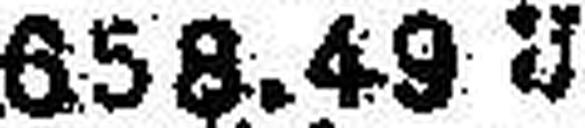
658.49 U